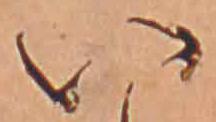
い